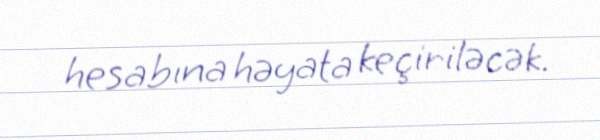
hesabına həyata keçiriləcək.